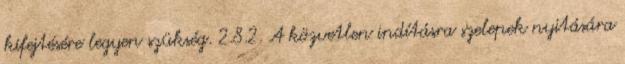
kifejtésére legyen szükség. 2.8.2. A közvetlen indításra szelepek nyitására